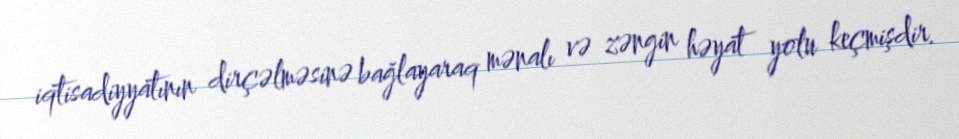
iqtisadiyyatının dirçəlməsinə bağlayaraq mənalı və zəngin həyat yolu keçmişdir.